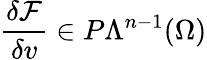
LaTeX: \frac{\delta\mathcal{F}}{\delta v}\in P\Lambda^{n-1}(\Omega)